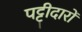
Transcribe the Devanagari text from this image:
पट्टीदारों